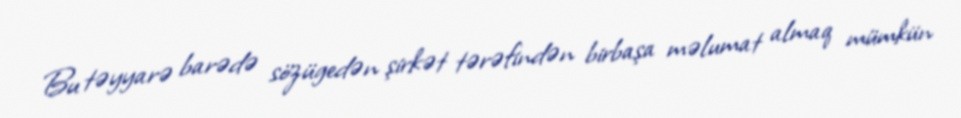
Bu təyyarə barədə sözügedən şirkət tərəfindən birbaşa məlumat almaq mümkün